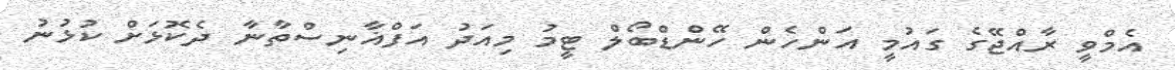
އެމްވީ ރާއްޖޭގެ ގައުމީ އަންހެން ހޭންޑްބޯލް ޓީމު މިއަދު އަފްޣާނިސްތާނާ ދެކޮޅަށް ކުޅުނު